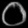
Digit: ၀